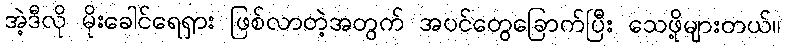
အဲ့ဒီလို မိုးခေါင်ရေရှား ဖြစ်လာတဲ့အတွက် အပင်တွေခြောက်ပြီး သေဖို့များတယ်။